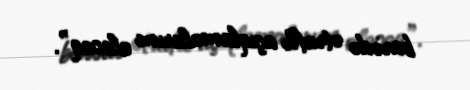
barədə ətraflı açıqlamalarım olacaq”.